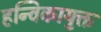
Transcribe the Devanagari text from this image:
हन्विकायुक्त